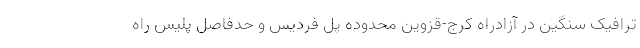
ترافیک سنگین در آزادراه کرج-قزوین محدوده پل فردیس و حدفاصل پلیس راه